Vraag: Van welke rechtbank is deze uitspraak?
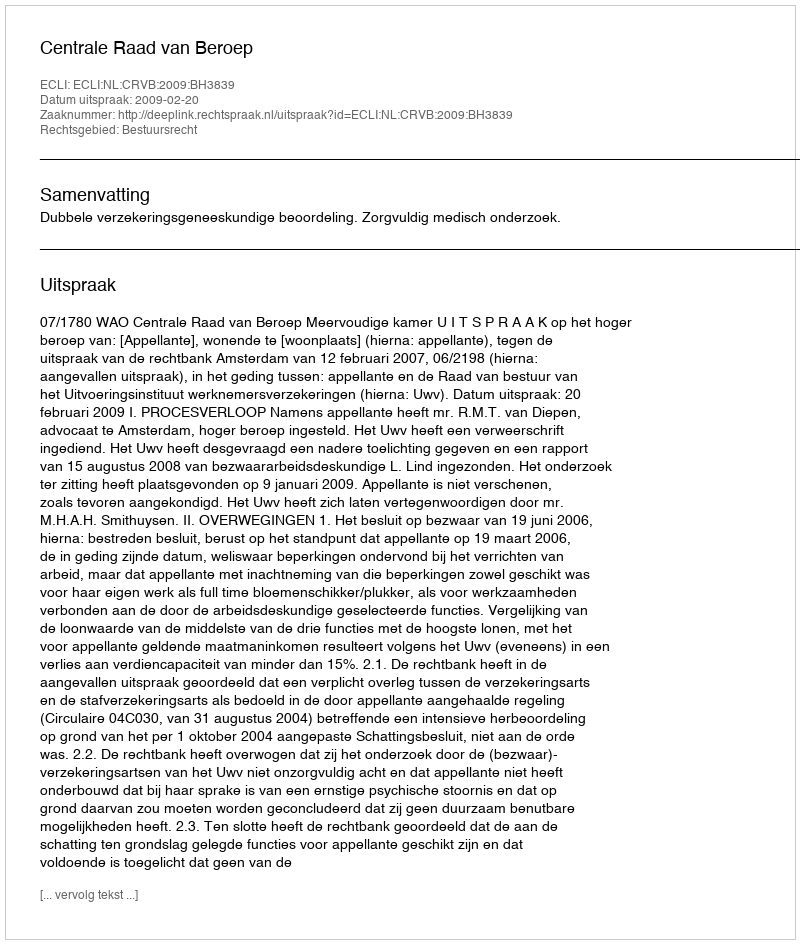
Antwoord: Centrale Raad van Beroep